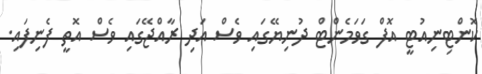
ކޮންޓިނިއުޓީ އޮފް ގަވަމެންޓް ދުނިޔޭގައި ވެސް އަދި ރާއްޖޭގައި ވެސް އޮތީ ފެނިފައި.